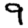
Digit: 9